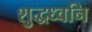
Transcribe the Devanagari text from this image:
शुद्धध्वनि